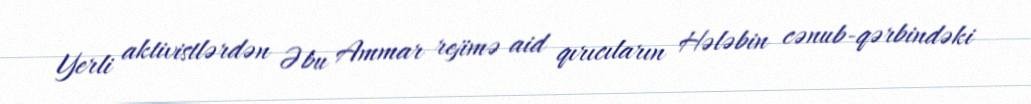
Yerli aktivistlərdən Əbu Ammar rejimə aid qırıcıların Hələbin cənub-qərbindəki